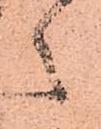
々